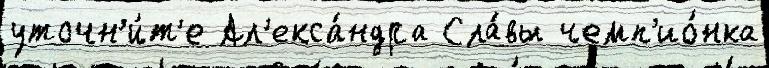
уточн'и́т'е Ал'екса́ндра Сла́вы чемп'ио́нка